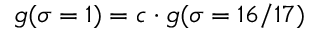
g ( \sigma = 1 ) = c \cdot g ( \sigma = 1 6 / 1 7 )